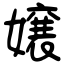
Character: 嬢